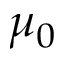
\mu _ { 0 }